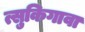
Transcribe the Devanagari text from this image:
त्सुकिगावा